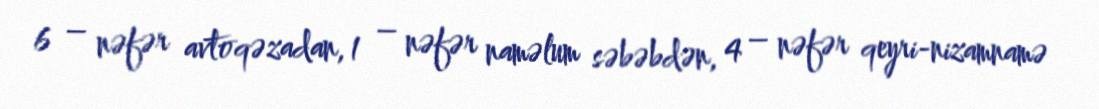
6 – nəfər avtoqəzadan, 1 – nəfər naməlum səbəbdən, 4 – nəfər qeyri-nizamnamə